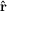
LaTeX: \hat { \mathbf { r } }